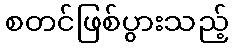
စတင်ဖြစ်ပွားသည့်